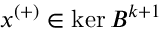
x ^ { ( + ) } \in \ker B ^ { k + 1 }